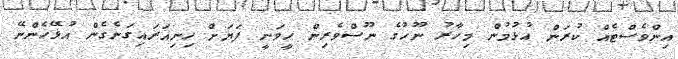
އިންވެސްޓެެއް ކުރަން އުޅުމުން މިހާރު ނޫހުގެ ނޫސްވެރިން ހީވަނީ ފަޔަށް ހިނިއަރައިގަނެގެން އުޅޭހެންނޭ